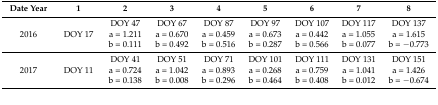
<table><thead><tr><td><b>Date Year</b></td><td><b>1</b></td><td><b>2</b></td><td><b>3</b></td><td><b>4</b></td><td><b>5</b></td><td><b>6</b></td><td><b>7</b></td><td><b>8</b></td></tr></thead><tbody><tr><td>2016</td><td>DOY 17</td><td>DOY 47a = 1.211b = 0.111</td><td>DOY 67a = 0.670b = 0.492</td><td>DOY 87a = 0.459b = 0.516</td><td>DOY 97a = 0.673b = 0.287</td><td>DOY 107a = 0.442b = 0.566</td><td>DOY 117a = 1.055b = 0.077</td><td>DOY 137a = 1.615b = −0.773</td></tr><tr><td>2017</td><td>DOY 11</td><td>DOY 41a = 0.724b = 0.138</td><td>DOY 51a = 1.042b = 0.008</td><td>DOY 71a = 0.893b = 0.296</td><td>DOY 101a = 0.268b = 0.464</td><td>DOY 111a = 0.759b = 0.408</td><td>DOY 131a = 1.041b = 0.012</td><td>DOY 151a = 1.426b = −0.674</td></tr></tbody></table>